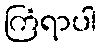
ကြံရာပါ